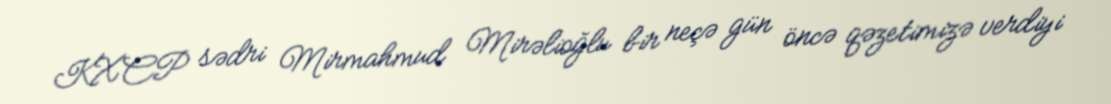
KXCP sədri Mirmahmud Mirəlioğlu bir neçə gün öncə qəzetimizə verdiyi